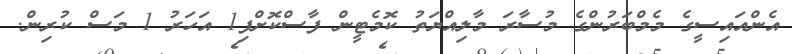
އެންއައިސީގެ މެމްބަރުންގެ މުސާރަ މާލިއްޔަތު ކޮމެޓީން ފާސްކޮށްފި1 އަހަރު 1 މަސް ކުރިން.